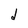
Character: d